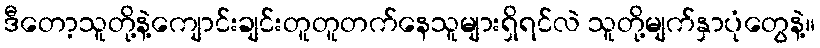
ဒီတော့သူတို့နဲ့ကျောင်းချင်းတူတူတက်နေသူများရှိရင်လဲ သူတို့မျက်နှာပုံတွေနဲ့။